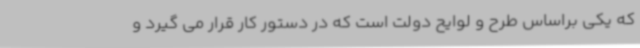
که یکی براساس طرح و لوایح دولت است که در دستور کار قرار می گیرد و